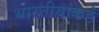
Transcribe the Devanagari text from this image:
भारतीयांकडे